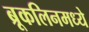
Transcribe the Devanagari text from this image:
ब्रूकलिनमध्ये